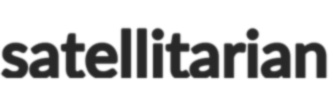
satellitarian